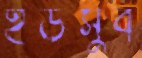
ইউসুব